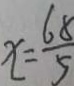
x = \frac { 6 8 } { 5 }